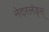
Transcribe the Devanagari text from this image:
नेदरलँड्स्